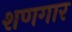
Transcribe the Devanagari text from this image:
शणगार